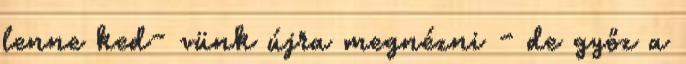
lenne ked- vünk újra megnézni - de győz a